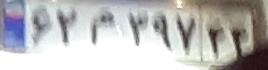
۶۳م۲۹۷۴۴